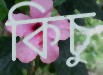
কিচু